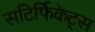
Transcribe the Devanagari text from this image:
सटिर्फिकेट्स